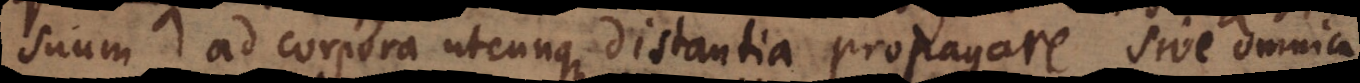
suum ad corpora utcunque distantia propagare, sive omnia